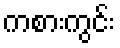
ကစားကွင်း